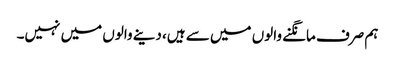
ہم صرف مانگنے والوں میں سے ہیں، دینے والوں میں نہیں۔